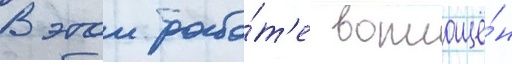
В этои рабо́т'е воплощё́н